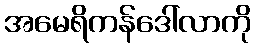
အမေရိကန်ဒေါ်လာကို